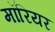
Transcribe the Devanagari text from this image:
मॉरियर